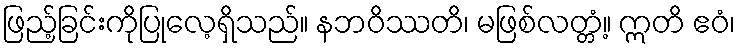
ဖြည့်ခြင်းကိုပြုလေ့ရှိသည်။ နဘဝိဿတိ၊ မဖြစ်လတ္တံ့။ ဣတိ ဧဝံ၊